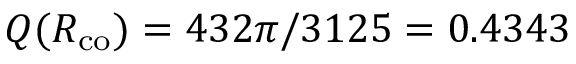
Q ( R _ { \mathrm { c o } } ) = 4 3 2 \pi / 3 1 2 5 = 0 . 4 3 4 3